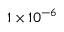
1 \times 1 0 ^ { - 6 }